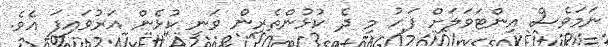
ނަމަވެސް އިންޓަވަލަށް ފަހު މި ދެ ކުޅުންތެރިން ވަނީ ކުޅެން އަރުވައިފަ އެވެ.